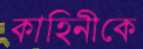
কাহিনীকে